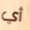
أي